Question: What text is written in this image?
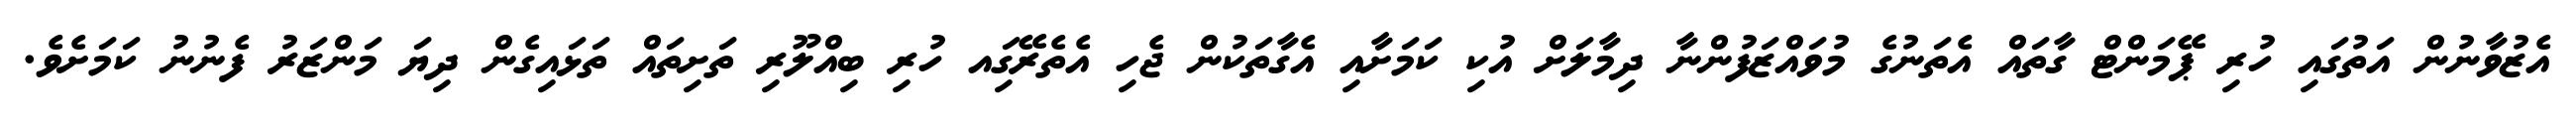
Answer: އެޒުވާނުން އަތުގައި ހުރި ޕޭމަންޓް ގާތައް އެތަނުގެ މުވައްޒަފުންނާ ދިމާލަށް އުކި ކަމަށާއި އެގާތަކުން ޖެހި އެތެރޭގަިއ ހުރި ބިއްލޫރި ތަށިތައް ތަޅައިގެން ދިޔަ މަންޒަރު ފެނުނު ކަމަށެވެ.